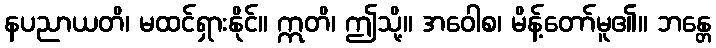
နပညာယတိ၊ မထင်ရှားနိုင်။ ဣတိ၊ ဤသို့။ အဝေါစ၊ မိန့်တော်မူ၏။ ဘန္တေ